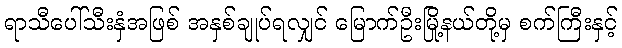
ရာသီပေါ်သီးနှံအဖြစ် အနှစ်ချုပ်ရလျှင် မြောက်ဦးမြို့နယ်တို့မှ စက်ကြီးနှင့်